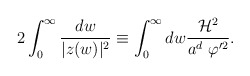
\begin{align*}2\int_{0}^{\infty} \frac{dw}{|z(w)|^2}\equiv \int_{0}^{\infty}d w \frac{ {\cal H}^2}{a^d ~\varphi'^2} . \end{align*}